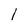
Character: 1